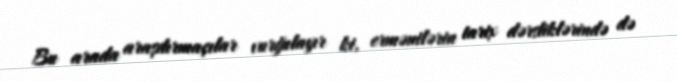
Bu arada araşdırmaçılar vurğulayır ki, ermənilərin tarix dərsliklərində də